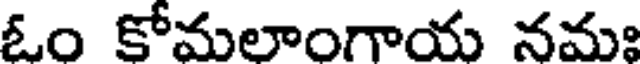
ఓం కోమలాంగాయ నమః